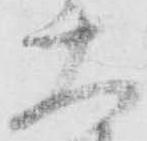
大